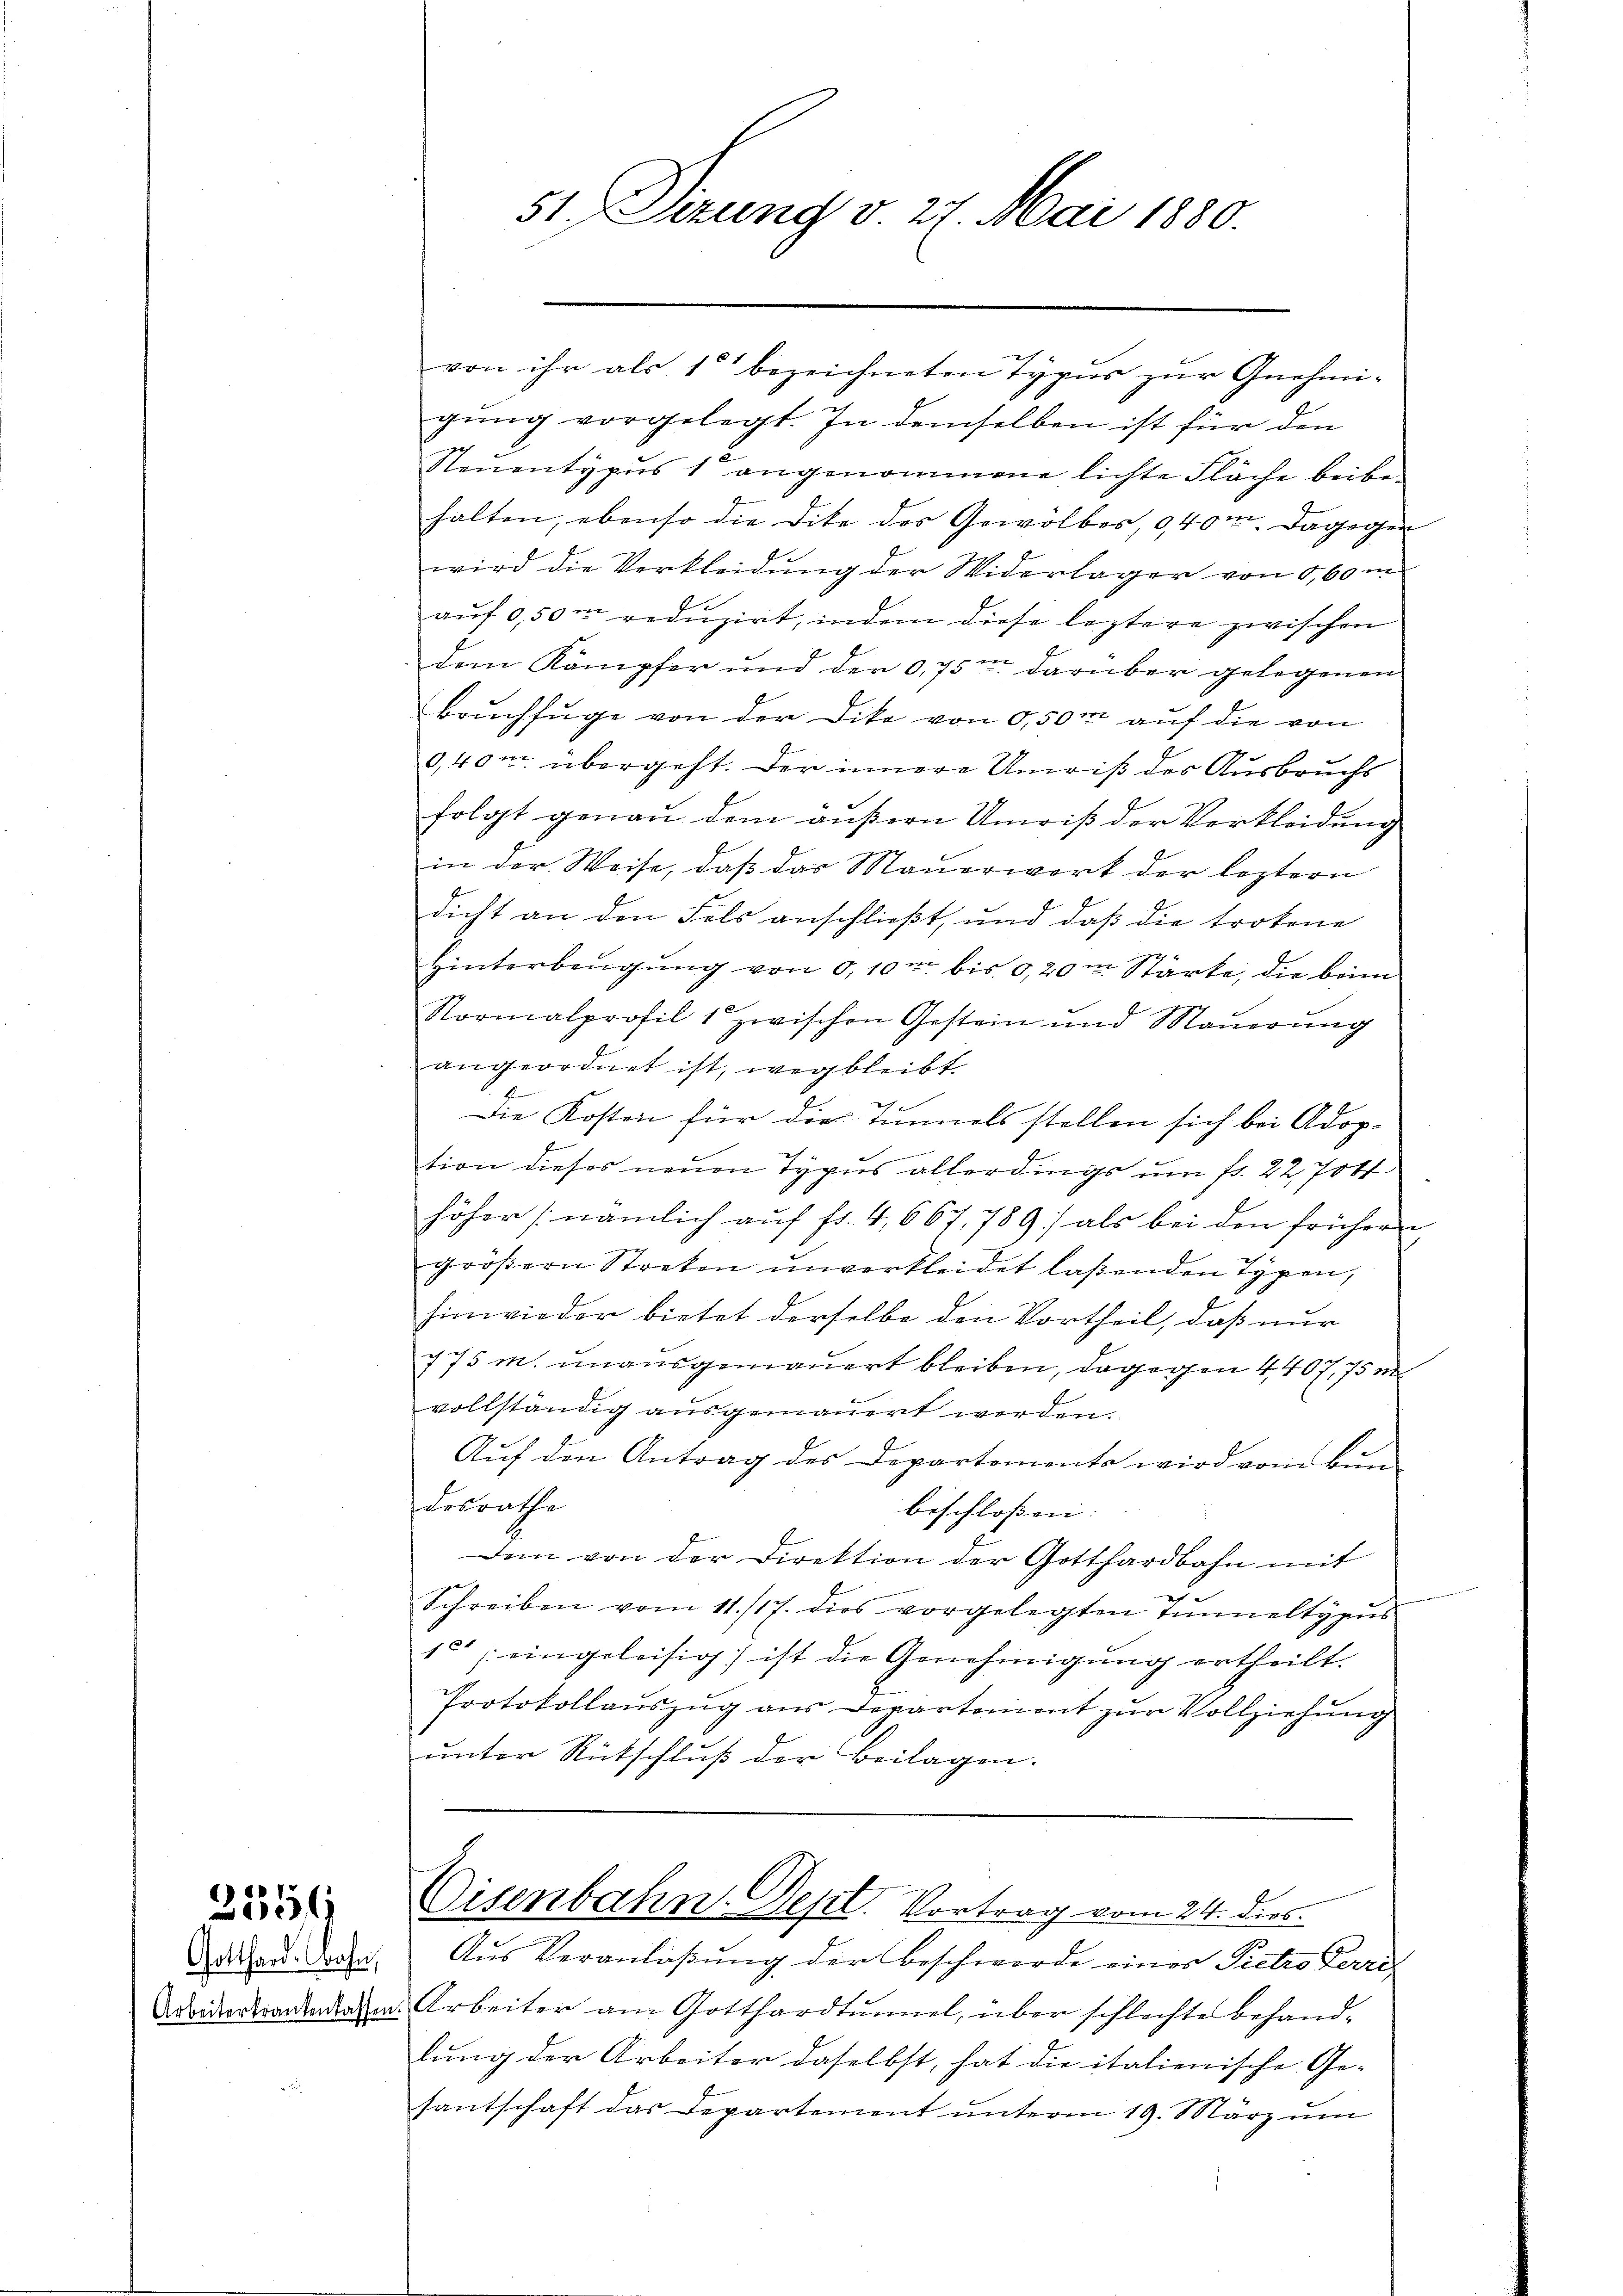
3559

Gotthard. Wohn,

gung vorgelegt. In demselben ist für den
Steuentypus 1 angenommene lichte Fläche beibehalten, ebenso die dite des Gewölbes, 940m. Dagegen
wird die Verkleidung der Widerlager von 5,60 m
aŭf 0,50m redŭzirt, indem diese leztere zwischen
dem Kämpfer und der 0,75m darüber gelegenen
Bauchfüge von der Dike von 0,50m auf die von
§,40m übergeht. Der innere Unriß der Ausbruchs
folgt genau dem äußern Unriß der Verkleidung
in der Weise, daß das Mauerwerk der leztern
dicht an den Fels anschließt, und daß die trokene
Hinterbeŭgŭng von 0,10m bis 0,20m Stärke, die brin
Normalprofil 1 zwischen Gestein und Maŭerŭng
angeordnet ist, wegbleibt.
Die Kosten für die Tunnels stellen sich bei Adop-
e
tion dieses neuen Typus allerdings um fr. 22, 706
höher (nämlich aŭf fr. 4, 667, 789 als bei den frühern
größern Streken unverkleidet laßenden Typen,
hinwieder bietet derselbe den Vortheil, daß nur
775 m. unausgemauert bleiben, dagegen 4407. 75 m
vollständig ausgemauert werden.
Aŭf den Antrag des Departements wird vom Bŭn-
Lorrathe
beschlossen:
Dem von der Direktion der Gotthardbahn mit
Schreiben vom 11./17. dies vorgelegten Tŭnneltyaŭs
15 eingeleisig ist die Genehmigung ertheilt.
Protokollauszug aus Departement zur Vollziehung
unter Rückschluß der Beilagen.
Cisenbahn-Dept. Vortrag vom 24. dies
Aus Veranlaßung der Beschwerde eines Pietro Perri-
Adwider trankadem. Arbeiter am Gotthardtunnel, über schlechte Behand-
lung der Arbeiter daselbst, hat die italienische Ge-
santschaft das Departement unterm 19. März um

51. Sizung v. 27. Mai 1880.

von ihr als 15 bezeichneten Typus zur Gnehmi-